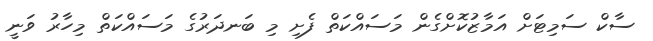
ސާކް ސަމިޓަށް އަމާޒުކޮށްގެން މަސައްކަތް ފެށި މި ބަނދަރުގެ މަސައްކަތް މިހާރު ވަނީ